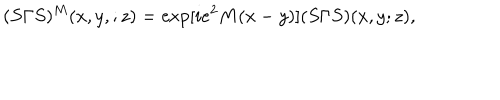
( S \Gamma S ) ^ { M } ( x , y , ; z ) = \exp [ i e ^ { 2 } M ( x - y ) ] ( S \Gamma S ) ( x , y ; z ) ,